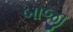
બાજી